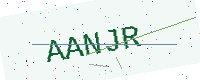
Text: AANJR